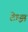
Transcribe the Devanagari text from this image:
टेम्झ